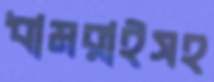
ধামরাইসহ